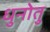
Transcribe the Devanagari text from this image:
धुनोतु